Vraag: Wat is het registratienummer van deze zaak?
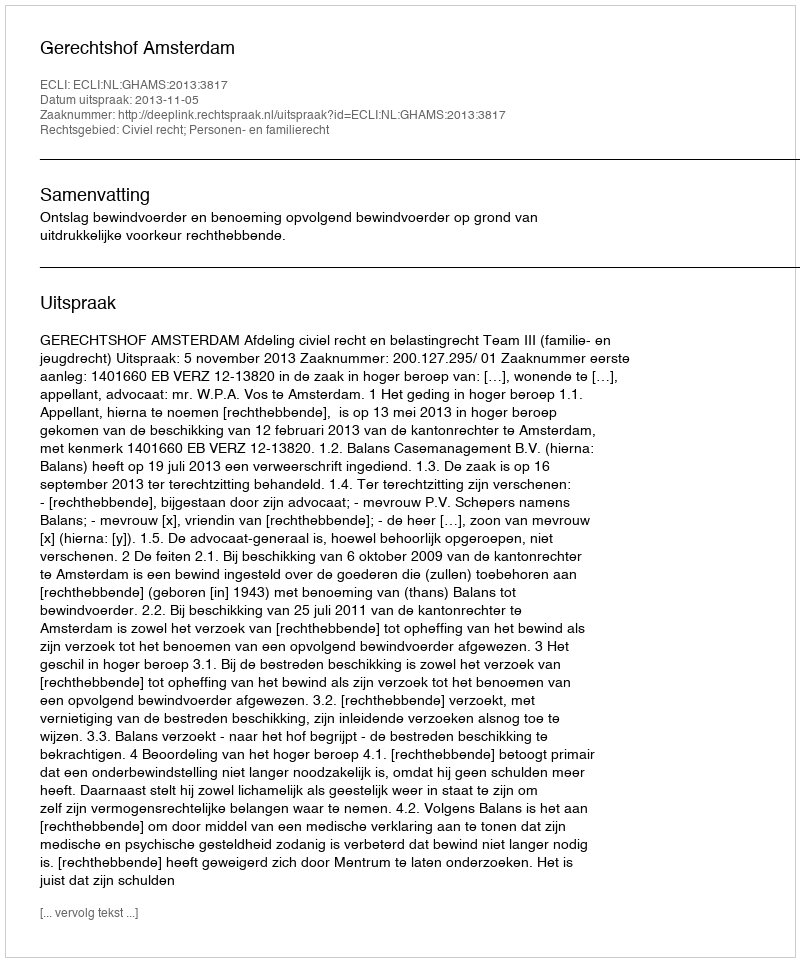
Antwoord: http://deeplink.rechtspraak.nl/uitspraak?id=ECLI:NL:GHAMS:2013:3817